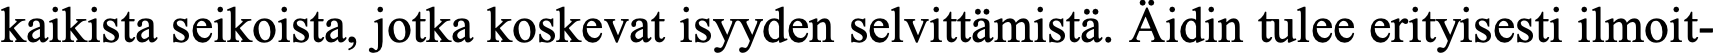
kaikista seikoista, jotka koskevat isyyden selvittämistä. Äidin tulee erityisesti ilmoit-